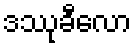
ဒဿုခီလော